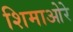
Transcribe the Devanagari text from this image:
शिमाओरे